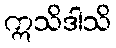
ဣသိဒါသိ